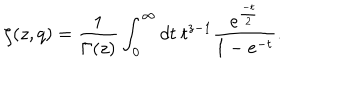
\zeta ( z , q ) = \frac { 1 } { \Gamma ( z ) } \int _ { 0 } ^ { \infty } d t ~ t ^ { z - 1 } \frac { e ^ { \frac { - t } { 2 } } } { 1 - e ^ { - t } } .